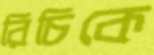
রিচিকে